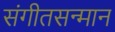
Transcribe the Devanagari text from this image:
संगीतसन्मान